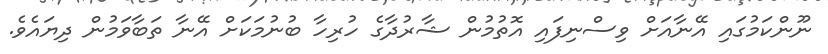
ނޫންކަމުގައި އޭނާއަށް ވިސްނިފައި އޮތުމުން ޝާރުދާގެ ހުރިހާ ބުނުމަކަށް އޭނާ ތަބާވަމުން ދިޔައެވެ.